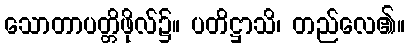
သောတာပတ္တိဖိုလ်၌။ ပတိဋ္ဌာသိ၊ တည်လေ၏။